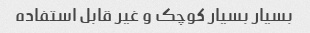
بسیار بسیار کوچک و غیر قابل استفاده